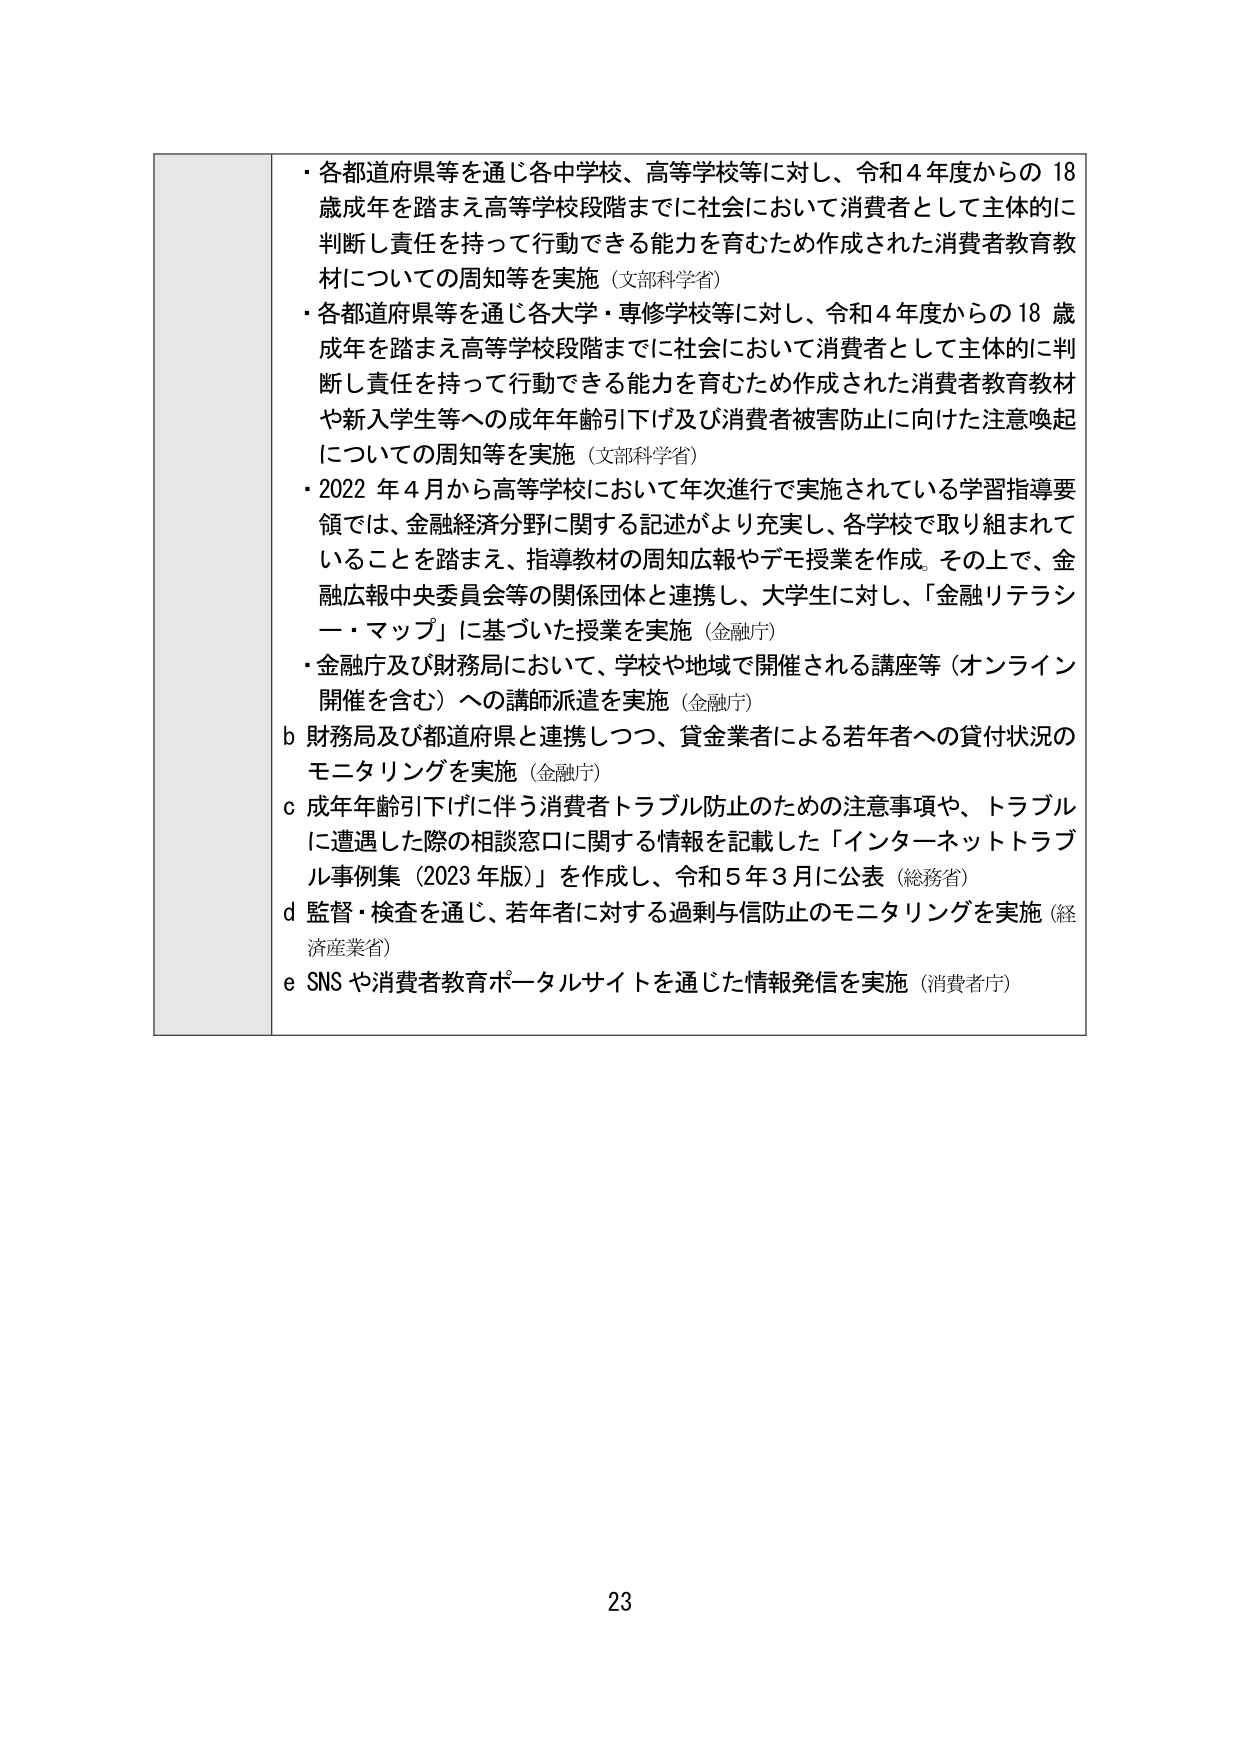
・各都道府県等を通じ各中学校、高等学校等に対し、令和４年度からの18歳成年を踏まえ高等学校段階までに社会において消費者として主体的に判断し責任を持って行動できる能力を育むため作成された消費者教育教材についての周知等を実施（文部科学省）
・各都道府県等を通じ各大学・専修学校等に対し、令和４年度からの18歳成年を踏まえ高等学校段階までに社会において消費者として主体的に判断し責任を持って行動できる能力を育むため作成された消費者教育教材や新入学生等への成年年齢引下げ及び消費者被害防止に向けた注意喚起についての周知等を実施（文部科学省）
・2022年4月から高等学校において年次進行で実施されている学習指導要領では、金融経済分野に関する記述がより充実し、各学校で取り組まれていることを踏まえ、指導教材の周知広報やデモ授業を作成。その上で、金融広報中央委員会等の関係団体と連携し、大学生に対し、「金融リテラシー・マップ」に基づいた授業を実施（金融庁）
・金融庁及び財務局において、学校や地域で開催される講座等（オンライン開催を含む）への講師派遣を実施（金融庁）
b 財務局及び都道府県と連携しつつ、貸金業者による若年者への貸付状況のモニタリングを実施（金融庁）
c 成年年齢引下げに伴う消費者トラブル防止のための注意事項や、トラブルに遭遇した際の相談窓口に関する情報を記載した「インターネットトラブル事例集（2023年版）」を作成し、令和5年3月に公表（総務省）
d 監督・検査を通じ、若年者に対する過剰与信防止のモニタリングを実施（経済産業省）
e SNSや消費者教育ポータルサイトを通じた情報発信を実施（消費者庁）
23